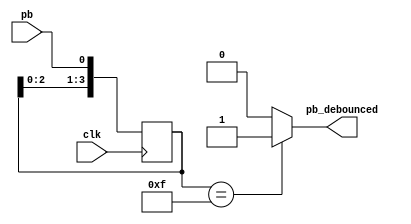
module Debounce(pb_debounced, pb, clk);

  output    pb_debounced; 
  input     pb;          
  input     clk;         
  
  reg [3:0] shift_reg;   
  
  always @(posedge clk) begin
    shift_reg[3:1] <= shift_reg[2:0];
    shift_reg[0] <= pb;
  end

  assign pb_debounced = ((shift_reg == 4'b1111) ? 1'b1 : 1'b0);

endmodule
module OnePulse (
	output reg signal_single_pulse,
	input wire signal,
	input wire clock
	);
	
	reg signal_delay;

	always @(posedge clock) begin
		if (signal == 1'b1 & signal_delay == 1'b0)
		  signal_single_pulse <= 1'b1;
		else
		  signal_single_pulse <= 1'b0;

		signal_delay <= signal;
	end
endmodule
module ClockDivider(clk, clk_div);
    parameter n = 26;
    input clk;
    output clk_div;
// add your design here
    
    reg [n-1:0] num;
    wire [n-1:0] next_num;
    always @(posedge clk) begin
        num = next_num;
    end
    assign next_num = num + 1;
    assign clk_div = num[n-1];

endmodule

module Ramdon(
    input wire clk,
    output reg [6:0] result = 37
);
    
    always @ (posedge clk) begin
        if (result == 98) begin
            result = 1;
        end else begin
            result = result + 1;
        end
    end
endmodule